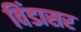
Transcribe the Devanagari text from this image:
विंडासर